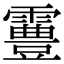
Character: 霻